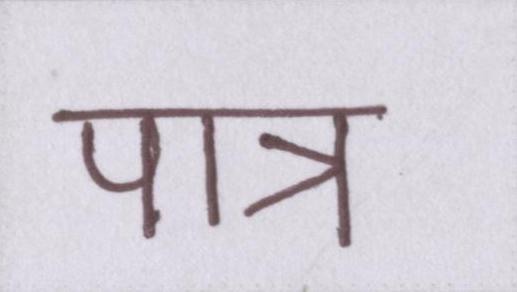
पात्र